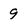
Character: 9